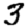
Digit: 3